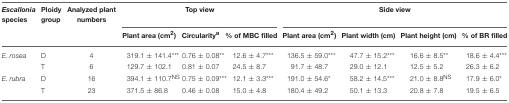
<table><thead><tr><td><b><i>Escallonia</i> species</b></td><td><b>Ploidy group</b></td><td><b>Analyzed plant numbers</b></td><td colspan="3"><b>Top view</b></td><td colspan="4"><b>Side view</b></td></tr><tr><td></td><td></td><td></td><td><b>Plant area (cm<sup>2</sup>)</b></td><td><b>Circularity<sup>a</sup></b></td><td><b>% of MBC filled</b></td><td><b>Plant area (cm<sup>2</sup>)</b></td><td><b>Plant width (cm)</b></td><td><b>Plant height (cm)</b></td><td><b>% of BR filled</b></td></tr></thead><tbody><tr><td><i>E. rosea</i></td><td>D</td><td>4</td><td>319.1 ± 141.4<sup>***</sup></td><td>0.76 ± 0.08<sup>**</sup></td><td>12.6 ± 4.7<sup>***</sup></td><td>136.5 ± 59.0<sup>***</sup></td><td>47.7 ± 15.2<sup>***</sup></td><td>16.6 ± 8.5<sup>**</sup></td><td>18.6 ± 4.4<sup>***</sup></td></tr><tr><td></td><td>T</td><td>6</td><td>129.7 ± 102.1</td><td>0.81 ± 0.07</td><td>24.5 ± 8.7</td><td>91.7 ± 48.7</td><td>29.0 ± 12.1</td><td>12.5 ± 5.2</td><td>26.3 ± 6.2</td></tr><tr><td><i>E. rubra</i></td><td>D</td><td>16</td><td>394.1 ± 110.7<sup>NS</sup></td><td>0.75 ± 0.09<sup>***</sup></td><td>12.1 ± 3.3<sup>***</sup></td><td>191.0 ± 54.6<sup>*</sup></td><td>58.2 ± 14.5<sup>***</sup></td><td>21.0 ± 8.8<sup>NS</sup></td><td>17.9 ± 6.0<sup>*</sup></td></tr><tr><td></td><td>T</td><td>23</td><td>371.5 ± 86.8</td><td>0.46 ± 0.08</td><td>15.0 ± 4.8</td><td>180.4 ± 49.2</td><td>50.1 ± 13.3</td><td>20.8 ± 7.8</td><td>19.5 ± 6.5</td></tr></tbody></table>